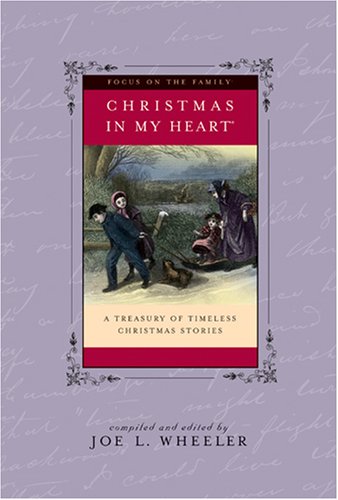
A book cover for Christmas in My Heart, Vol. 15; Joe Wheeler; Christian Books & Bibles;